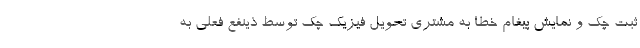
ثبت چک و نمایش پیغام خطا به مشتری تحویل فیزیک چک توسط ذینفع فعلی به